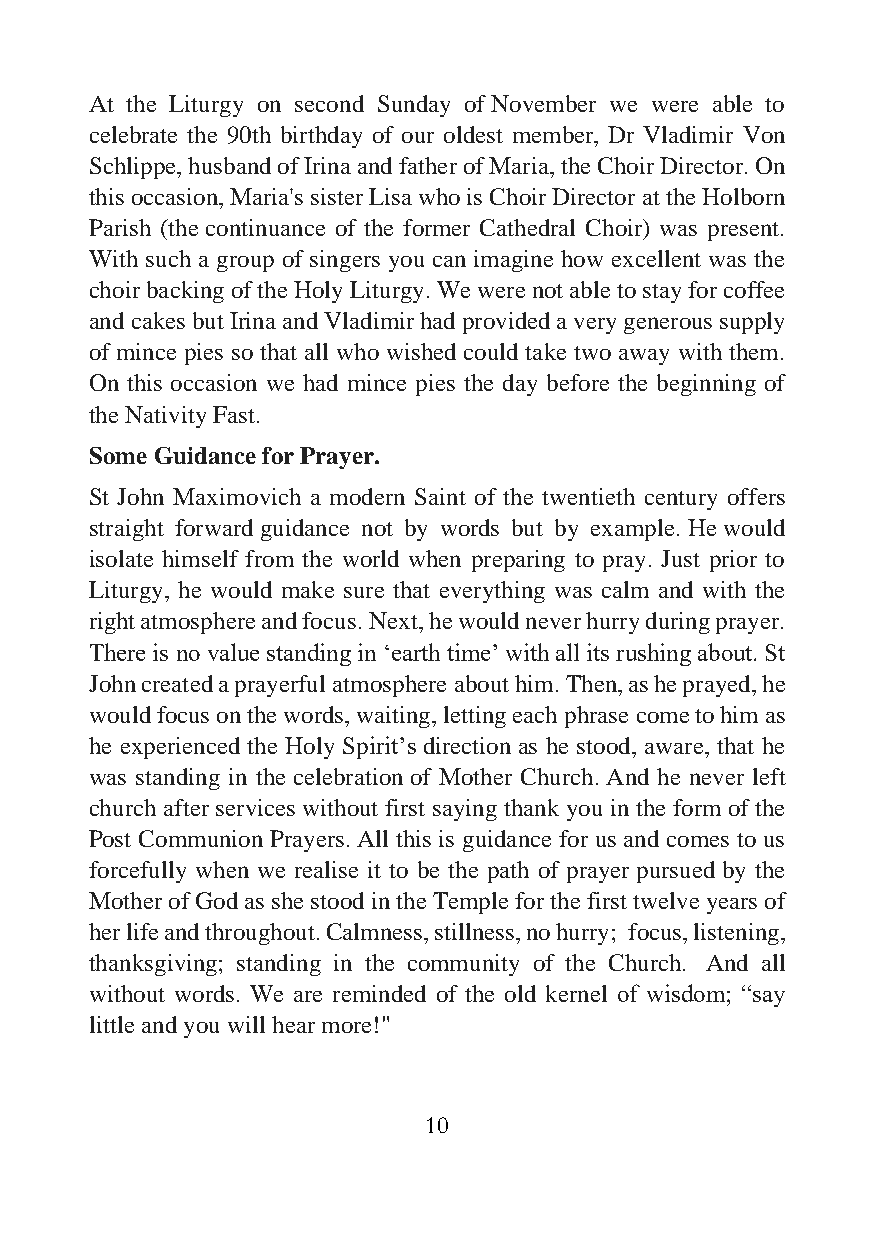
At the Liturgy on second Sunday of November we were able to
 celebrate the 90th birthday of our oldest member, Dr Vladimir Von
 Schlippe, husband of Irina and father of Maria, the Choir Director. On
 this occasion, Maria's sister Lisa who is Choir Director at the Holborn
 Parish (the continuance of the former Cathedral Choir) was present.
 With such a group of singers you can imagine how excellent was the
 choir backing of the Holy Liturgy. We were not able to stay for coffee
 and cakes but Irina and Vladimir had provided a very generous supply
 of mince pies so that all who wished could take two away with them.
 On this occasion we had mince pies the day before the beginning of
 the Nativity Fast.
 Some Guidance for Prayer.
 St John Maximovich a modern Saint of the twentieth century offers
 straight forward guidance not by words but by example. He would
 isolate himself from the world when preparing to pray. Just prior to
 Liturgy, he would make sure that everything was calm and with the
 right atmosphere and focus. Next, he would never hurry during prayer.
 There is no value standing in ‘earth time’ with all its rushing about. St
 John created a prayerful atmosphere about him. Then, as he prayed, he
 would focus on the words, waiting, letting each phrase come to him as
 he experienced the Holy Spirit’s direction as he stood, aware, that he
 was standing in the celebration of Mother Church. And he never left
 church after services without first saying thank you in the form of the
 Post Communion Prayers. All this is guidance for us and comes to us
 forcefully when we realise it to be the path of prayer pursued by the
 Mother of God as she stood in the Temple for the first twelve years of
 her life and throughout. Calmness, stillness, no hurry; focus, listening,
 thanksgiving; standing in the community of the Church. And all
 without words. We are reminded of the old kernel of wisdom; “say
 little and you will hear more!"
 10